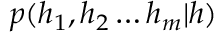
p ( h _ { 1 } , h _ { 2 } \ldots h _ { m } | h )